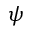
\psi